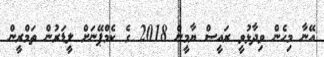
އޭނާ މިހެން ވިދާޅުވީ ރައީސް ޔާމީން 2018 ގެ ކެމްޕޭނަށް ލީޑަރުން ތަމްރީން